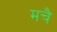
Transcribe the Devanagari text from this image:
मचै